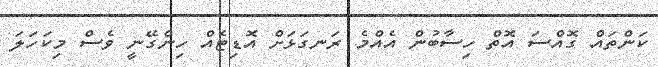
ކަންތައް ގޮއްސަ އޮތް ހިސާބުން އެއްމެ ރަނގަޅަށް އޮޑިޓެއް ހިންގޭނީ ވެސް މިކަހަލަ